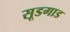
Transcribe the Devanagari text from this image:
सूडगाड